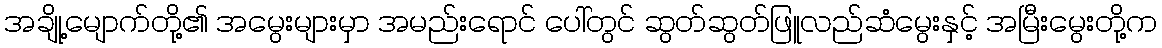
အချို့မျောက်တို့၏ အမွေးများမှာ အမည်းရောင် ပေါ်တွင် ဆွတ်ဆွတ်ဖြူလည်ဆံမွေးနှင့် အမြီးမွေးတို့က